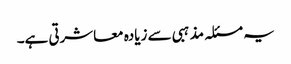
یہ مسئلہ مذہبی سے زیادہ معاشرتی ہے۔